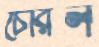
চেরিল